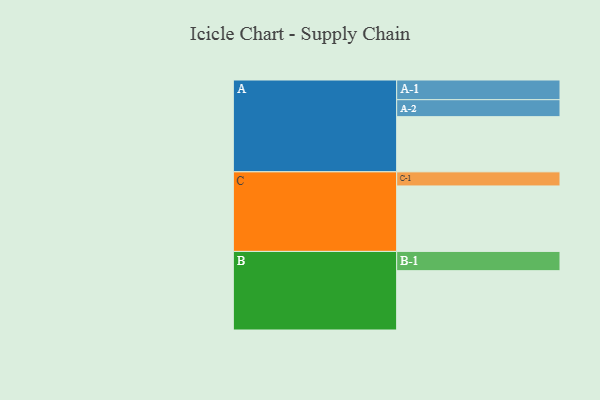
{"axis": {"x": "Segment", "y": "Value"}, "legend": ["", "A", "B", "C"], "data": [{"x": "A", "y": 504, "type": ""}, {"x": "B", "y": 542, "type": ""}, {"x": "C", "y": 598, "type": ""}, {"x": "A-1", "y": 180, "type": "A"}, {"x": "A-2", "y": 155, "type": "A"}, {"x": "B-1", "y": 176, "type": "B"}, {"x": "C-1", "y": 129, "type": "C"}]}